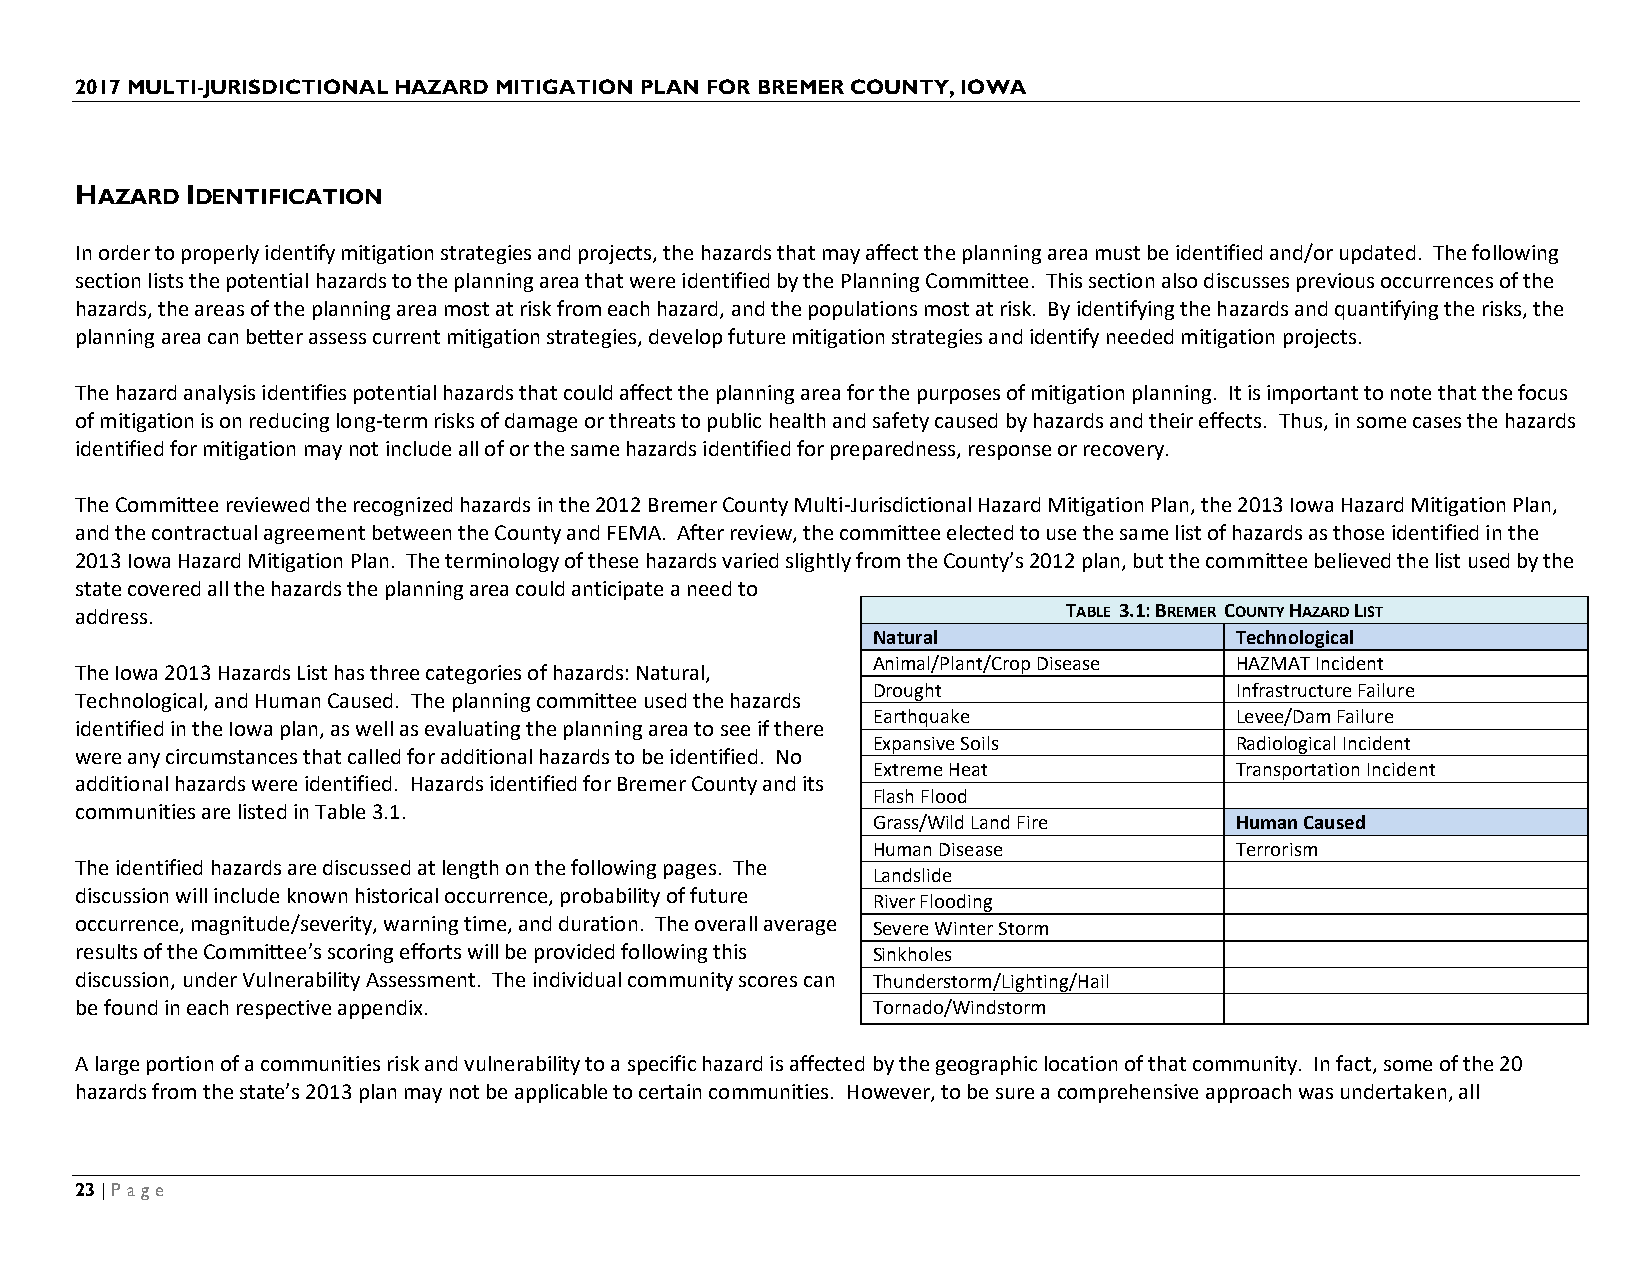
2017 MULTI-JURISDICTIONAL HAZARD MITIGATION PLAN FOR BREMER COUNTY, IOWA
 HAZARD IDENTIFICATION
 In order to properly identify mitigation strategies and projects, the hazards that may affect the planning area must be identified and/or updated. The following
 section lists the potential hazards to the planning area that were identified by the Planning Committee. This section also discusses previous occurrences of the
 hazards, the areas of the planning area most at risk from each hazard, and the populations most at risk. By identifying the hazards and quantifying the risks, the
 planning area can better assess current mitigation strategies, develop future mitigation strategies and identify needed mitigation projects.
 The hazard analysis identifies potential hazards that could affect the planning area for the purposes of mitigation planning. It is important to note that the focus
 of mitigation is on reducing long-term risks of damage or threats to public health and safety caused by hazards and their effects. Thus, in some cases the hazards
 identified for mitigation may not include all of or the same hazards identified for preparedness, response or recovery.
 The Committee reviewed the recognized hazards in the 2012 Bremer County Multi-Jurisdictional Hazard Mitigation Plan, the 2013 Iowa Hazard Mitigation Plan,
 and the contractual agreement between the County and FEMA. After review, the committee elected to use the same list of hazards as those identified in the
 2013 Iowa Hazard Mitigation Plan. The terminology of these hazards varied slightly from the County’s 2012 plan, but the committee believed the list used by the
 state covered all the hazards the planning area could anticipate a need to
 address.                                                          TABLE 3.1: BREMER COUNTY HAZARD LIST
 Natural                 Technological
 Animal/Plant/Crop Disease HAZMAT Incident
 The Iowa 2013 Hazards List has three categories of hazards: Natural,
 Drought                 Infrastructure Failure
 Technological, and Human Caused. The planning committee used the hazards
 Earthquake              Levee/Dam Failure
 identified in the Iowa plan, as well as evaluating the planning area to see if there
 Expansive Soils         Radiological Incident
 were any circumstances that called for additional hazards to be identified. No
 Extreme Heat            Transportation Incident
 additional hazards were identified. Hazards identified for Bremer County and its
 Flash Flood
 communities are listed in Table 3.1.
 Grass/Wild Land Fire    Human Caused
 Human Disease           Terrorism
 The identified hazards are discussed at length on the following pages. The
 Landslide
 discussion will include known historical occurrence, probability of future
 River Flooding
 occurrence, magnitude/severity, warning time, and duration. The overall average Severe Winter Storm
 results of the Committee’s scoring efforts will be provided following this Sinkholes
 discussion, under Vulnerability Assessment. The individual community scores can Thunderstorm/Lighting/Hail
 be found in each respective appendix.                Tornado/Windstorm
 A large portion of a communities risk and vulnerability to a specific hazard is affected by the geographic location of that community. In fact, some of the 20
 hazards from the state’s 2013 plan may not be applicable to certain communities. However, to be sure a comprehensive approach was undertaken, all
 23 | Page